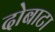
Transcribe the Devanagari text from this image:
दोबाटा